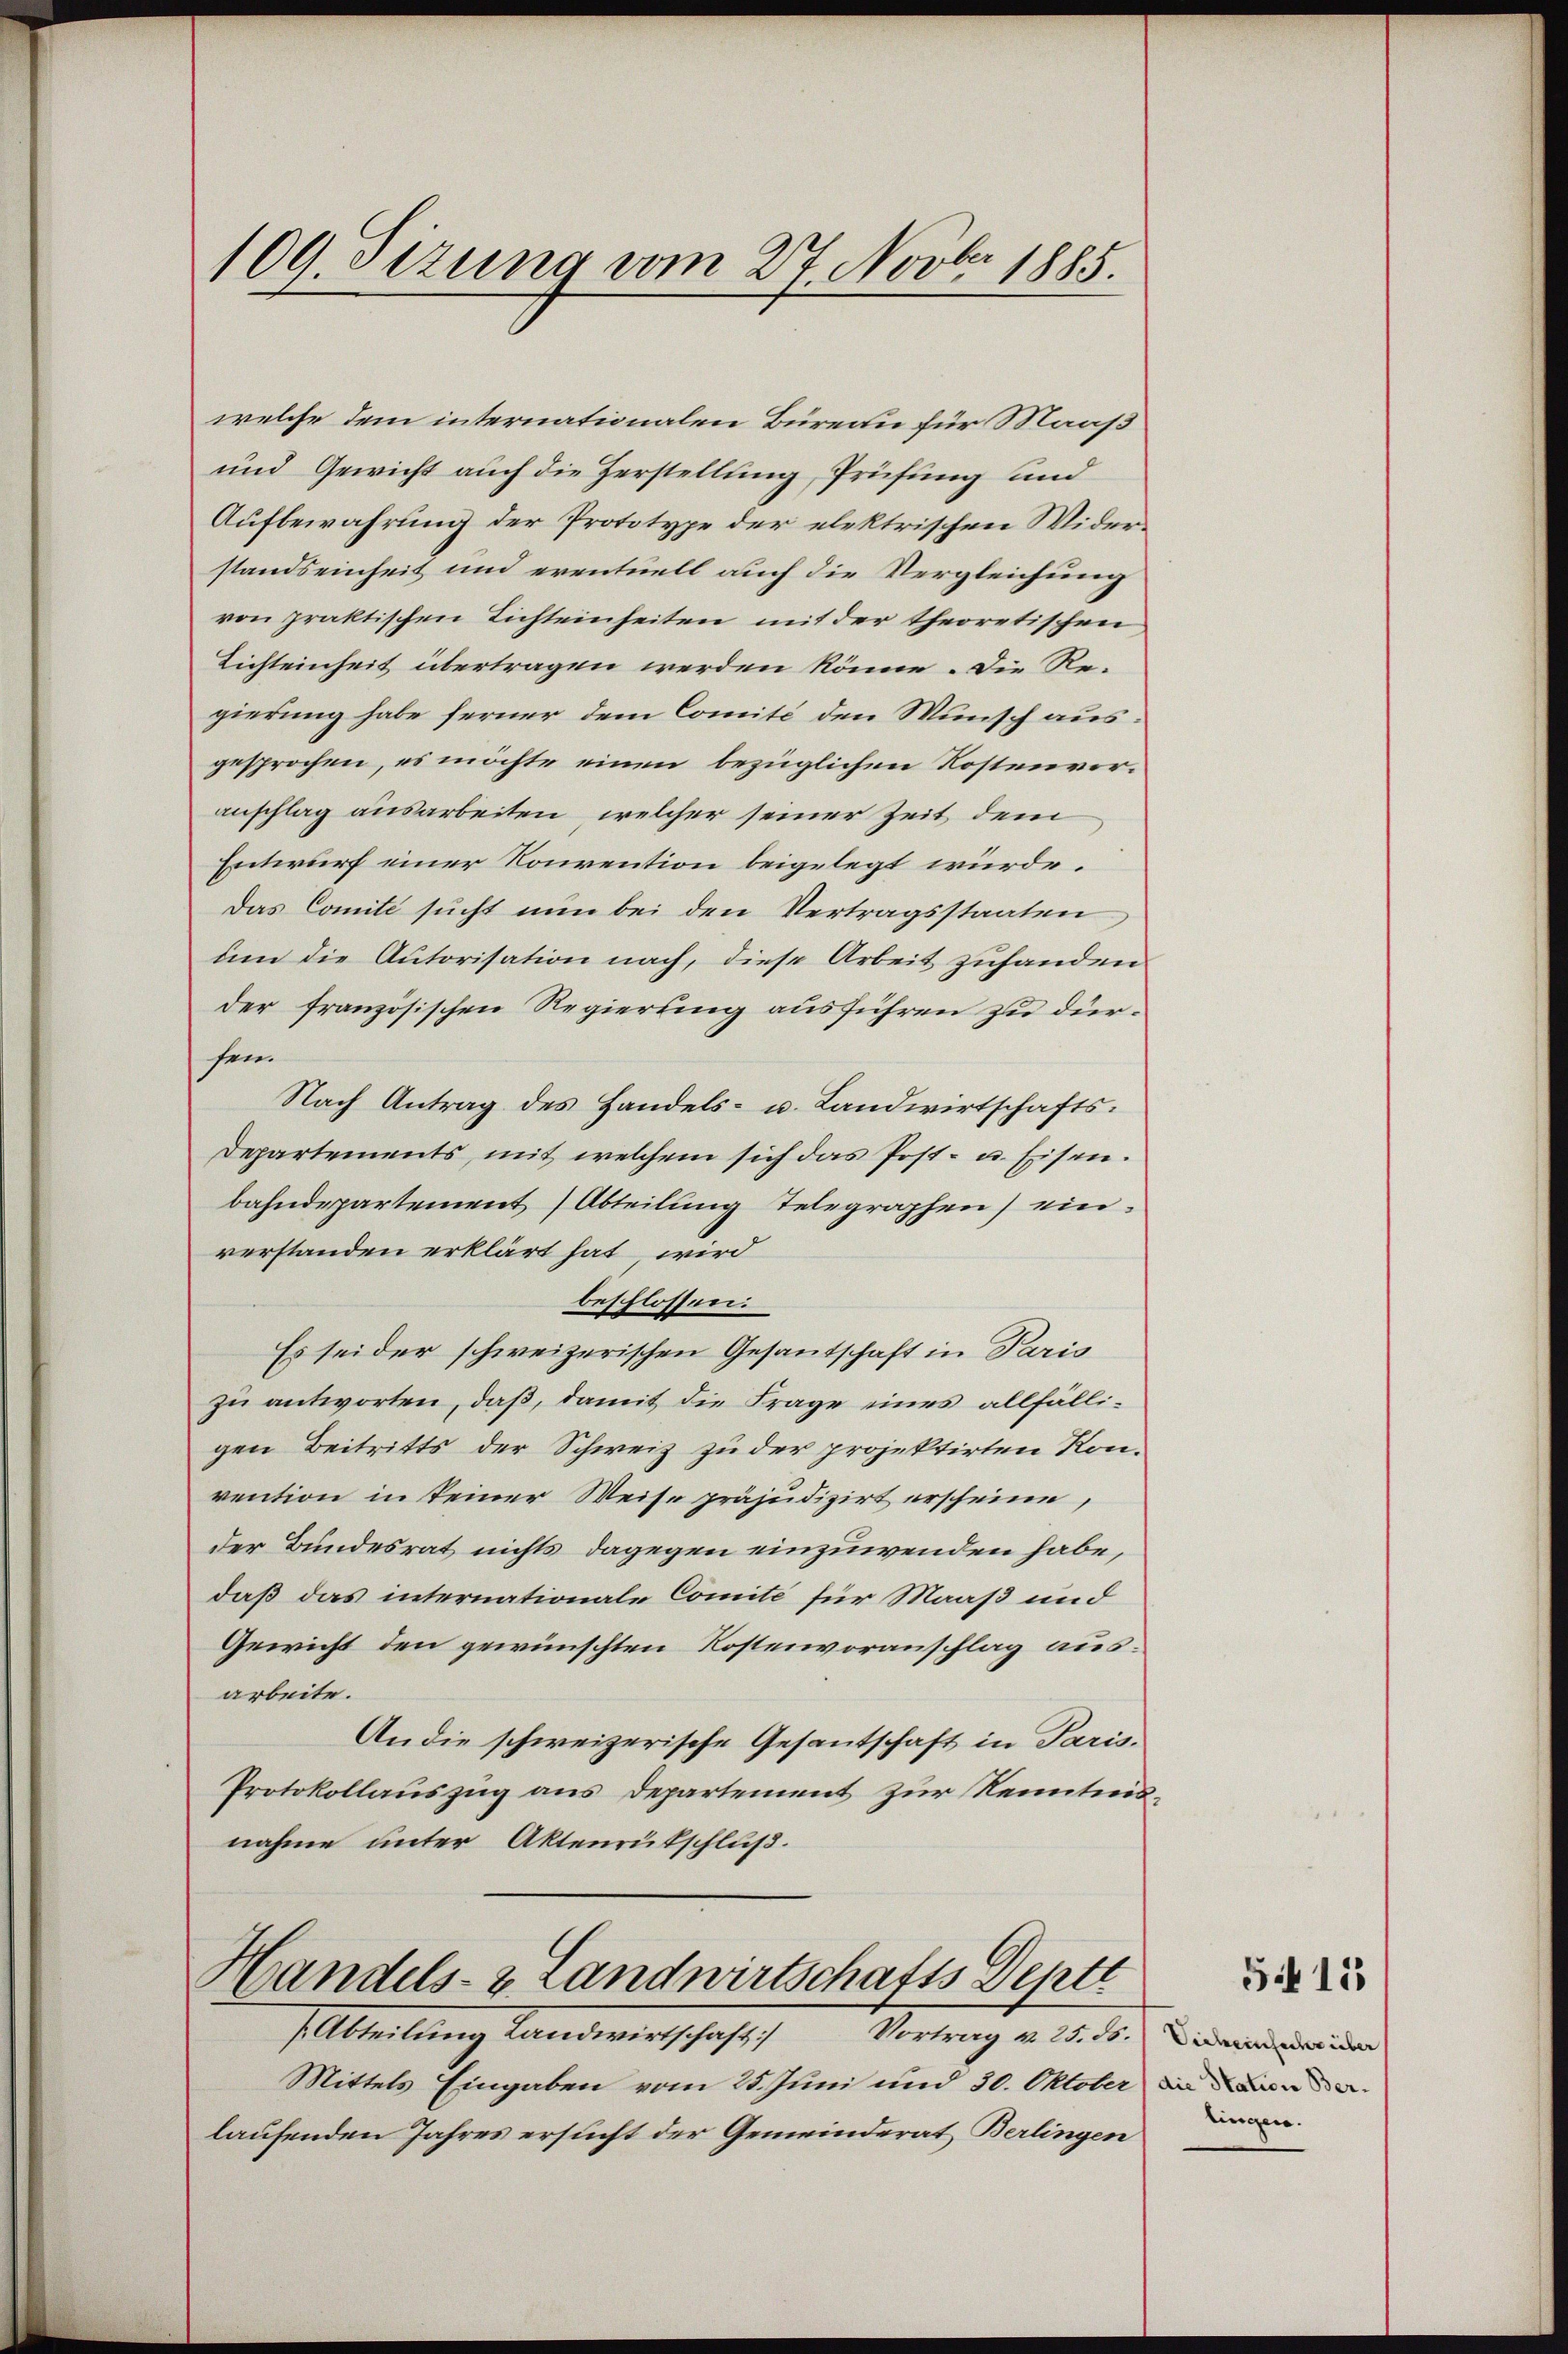
109. Sizung vom 27. Novbr 1885.

welche dem internationalen Büreau für Maaß
und Gewicht auch die Herstellung Prüfung und
Aufbewahrung der Prototype der elektrischen Widerstandseinheit und eventuell auch die Vergleichung
von praktischen Lichteinheiten mit der theoretischen
Lichteinheit übertragen werden könne. Die Regierung habe ferner dem Comité den Wunsch aus:
gesprochen, es möchte einen bezüglichen Kostenvoranschlag ausarbeiten, welcher seiner Zeit dem
Entwurf einer Konvention beigelegt würde.
Das Comité sucht nun bei den Vertragsstaaten
um die Autorisation nach, diese Arbeit zuhanden
der französischen Regierung ausführen zu dürsein
Nach Antrag des Handels- u. Landwirtschafts¬
Departements, mit welchem sich das Post- u. Eisen.
bahndepartement Abteilung Telegraphen) einverstanden erklärt hat wird
beschlossen:
Es sei der schweizerischen Gesantschaft in Paris
zu antworten, daß, damit die Frage eines allfälligen Beitritts der Schweiz zu der projektirten Konvention in keiner Weise präjudizirt erscheine,
der Bundesrat nichts dagegen einzuwenden habe,
daß das internationale Comité für Maaß und
Gewicht den gewünschten Kostenvoranschlag ausarbeite.
An die schweizerische Gesantschaft in Paris.
Protokollauszug aus Departement zur Kenntnisnahme unter Aktenrütschluß.

Handels- & Landwirtschafts Depte
Altheilung Landwirtschaft
Vortrag v. 25. ds.

Mittels Eingaben vom 25. Juni und 30. Oktober an dielaufenden Jahres ersucht der Gemeinderat Berlingen

515

Vieheinfache über
lingen.